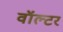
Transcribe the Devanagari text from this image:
वॉल्‍टर